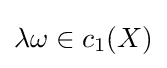
\lambda \omega \in c_{1}(X)